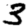
Digit: 3